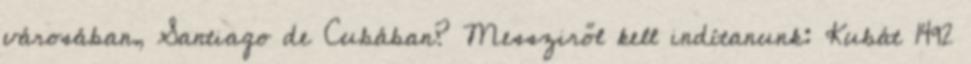
városában, Santiago de Cubában? Messziről kell indítanunk: Kubát 1492